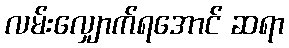
လမ်းလျှောက်ရအောင် ဆရာ